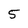
Character: 5